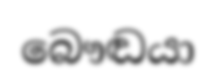
බෞඬයා